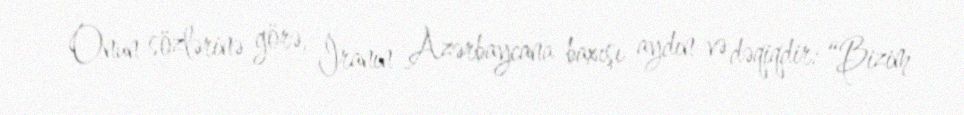
Onun sözlərinə görə, İranın Azərbaycana baxışı aydın və dəqiqdir: “Bizim